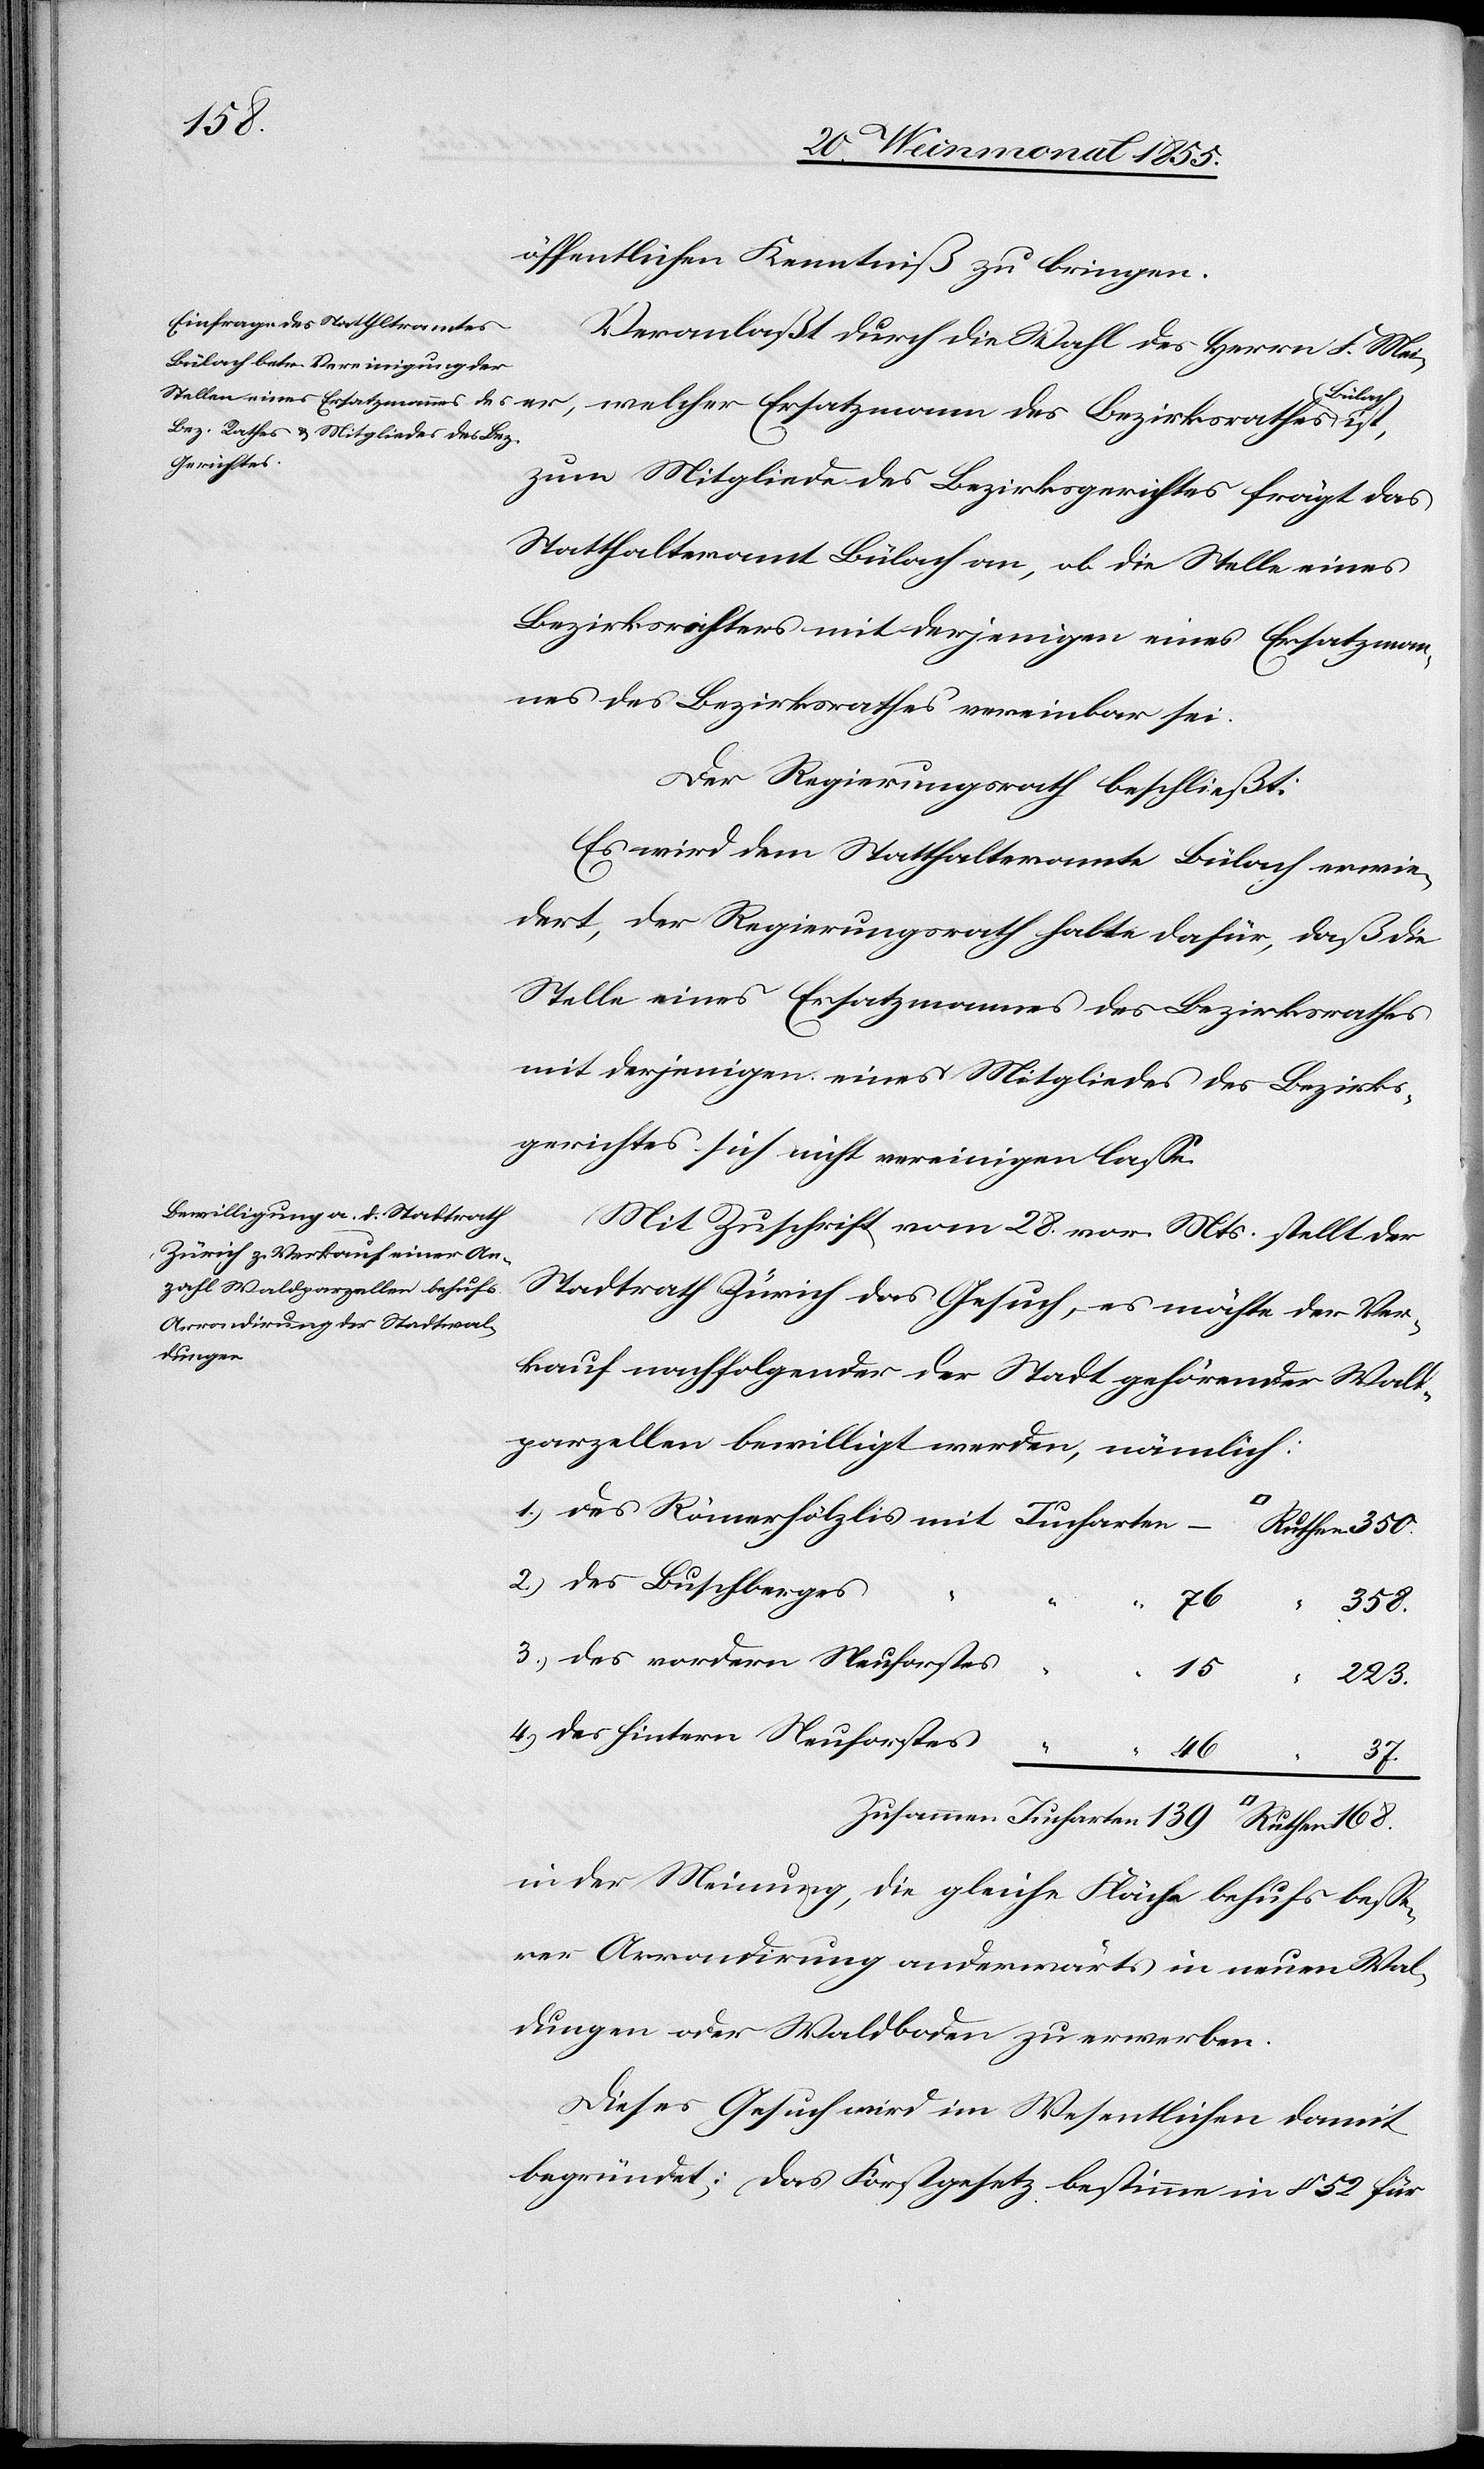
öffentlichen Kenntniß zu bringen.
Veranlaßt durch die Wahl des Herrn F. Mei¬
Ruthen
zum Mitgliede des Bezirksgerichtes frägt das
Statthalteramt Bülach an, ob die Stelle eines
Bezirksrichters mit derjenigen eines Ersatzman¬
nes des Bezirksrathes vereinbar sei.
Der Regierungsrath beschließt:
Es wird dem Statthalteramte Bülach erwie¬
dert, der Regierungsrath halte dafür, daß die
Stelle eines Ersatzmannes des Bezirksrathes
mit derjenigen eines Mitgliedes des Bezirks¬
gerichtes sich nicht vereinigen lasse.
Mit Zuschrift vom 28. vor. Mts. stellt der
Stadtrath Zürich das Gesuch, es möchte der Ver¬
kauf nachfolgender der Stadt gehörender Wald¬
parzellen bewilligt werden, nämlich:
168.
des vordern Neuforstes
des hintern Neuforstes
37.
des
in der Meinung, die gleiche Fläche behufs besse¬
rer Arrondirung anderwärts in neuen Wal¬
dungen oder Waldboden zu erwerben.
Dieses Gesuch wird im Wesentlichen damit
begründet: Das Forstgesetz bestimme in § 52 für